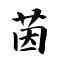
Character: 茵